NAE_ERA_R-1765_ENSV_Kirjanike_Liit_1945-1955, lk 14
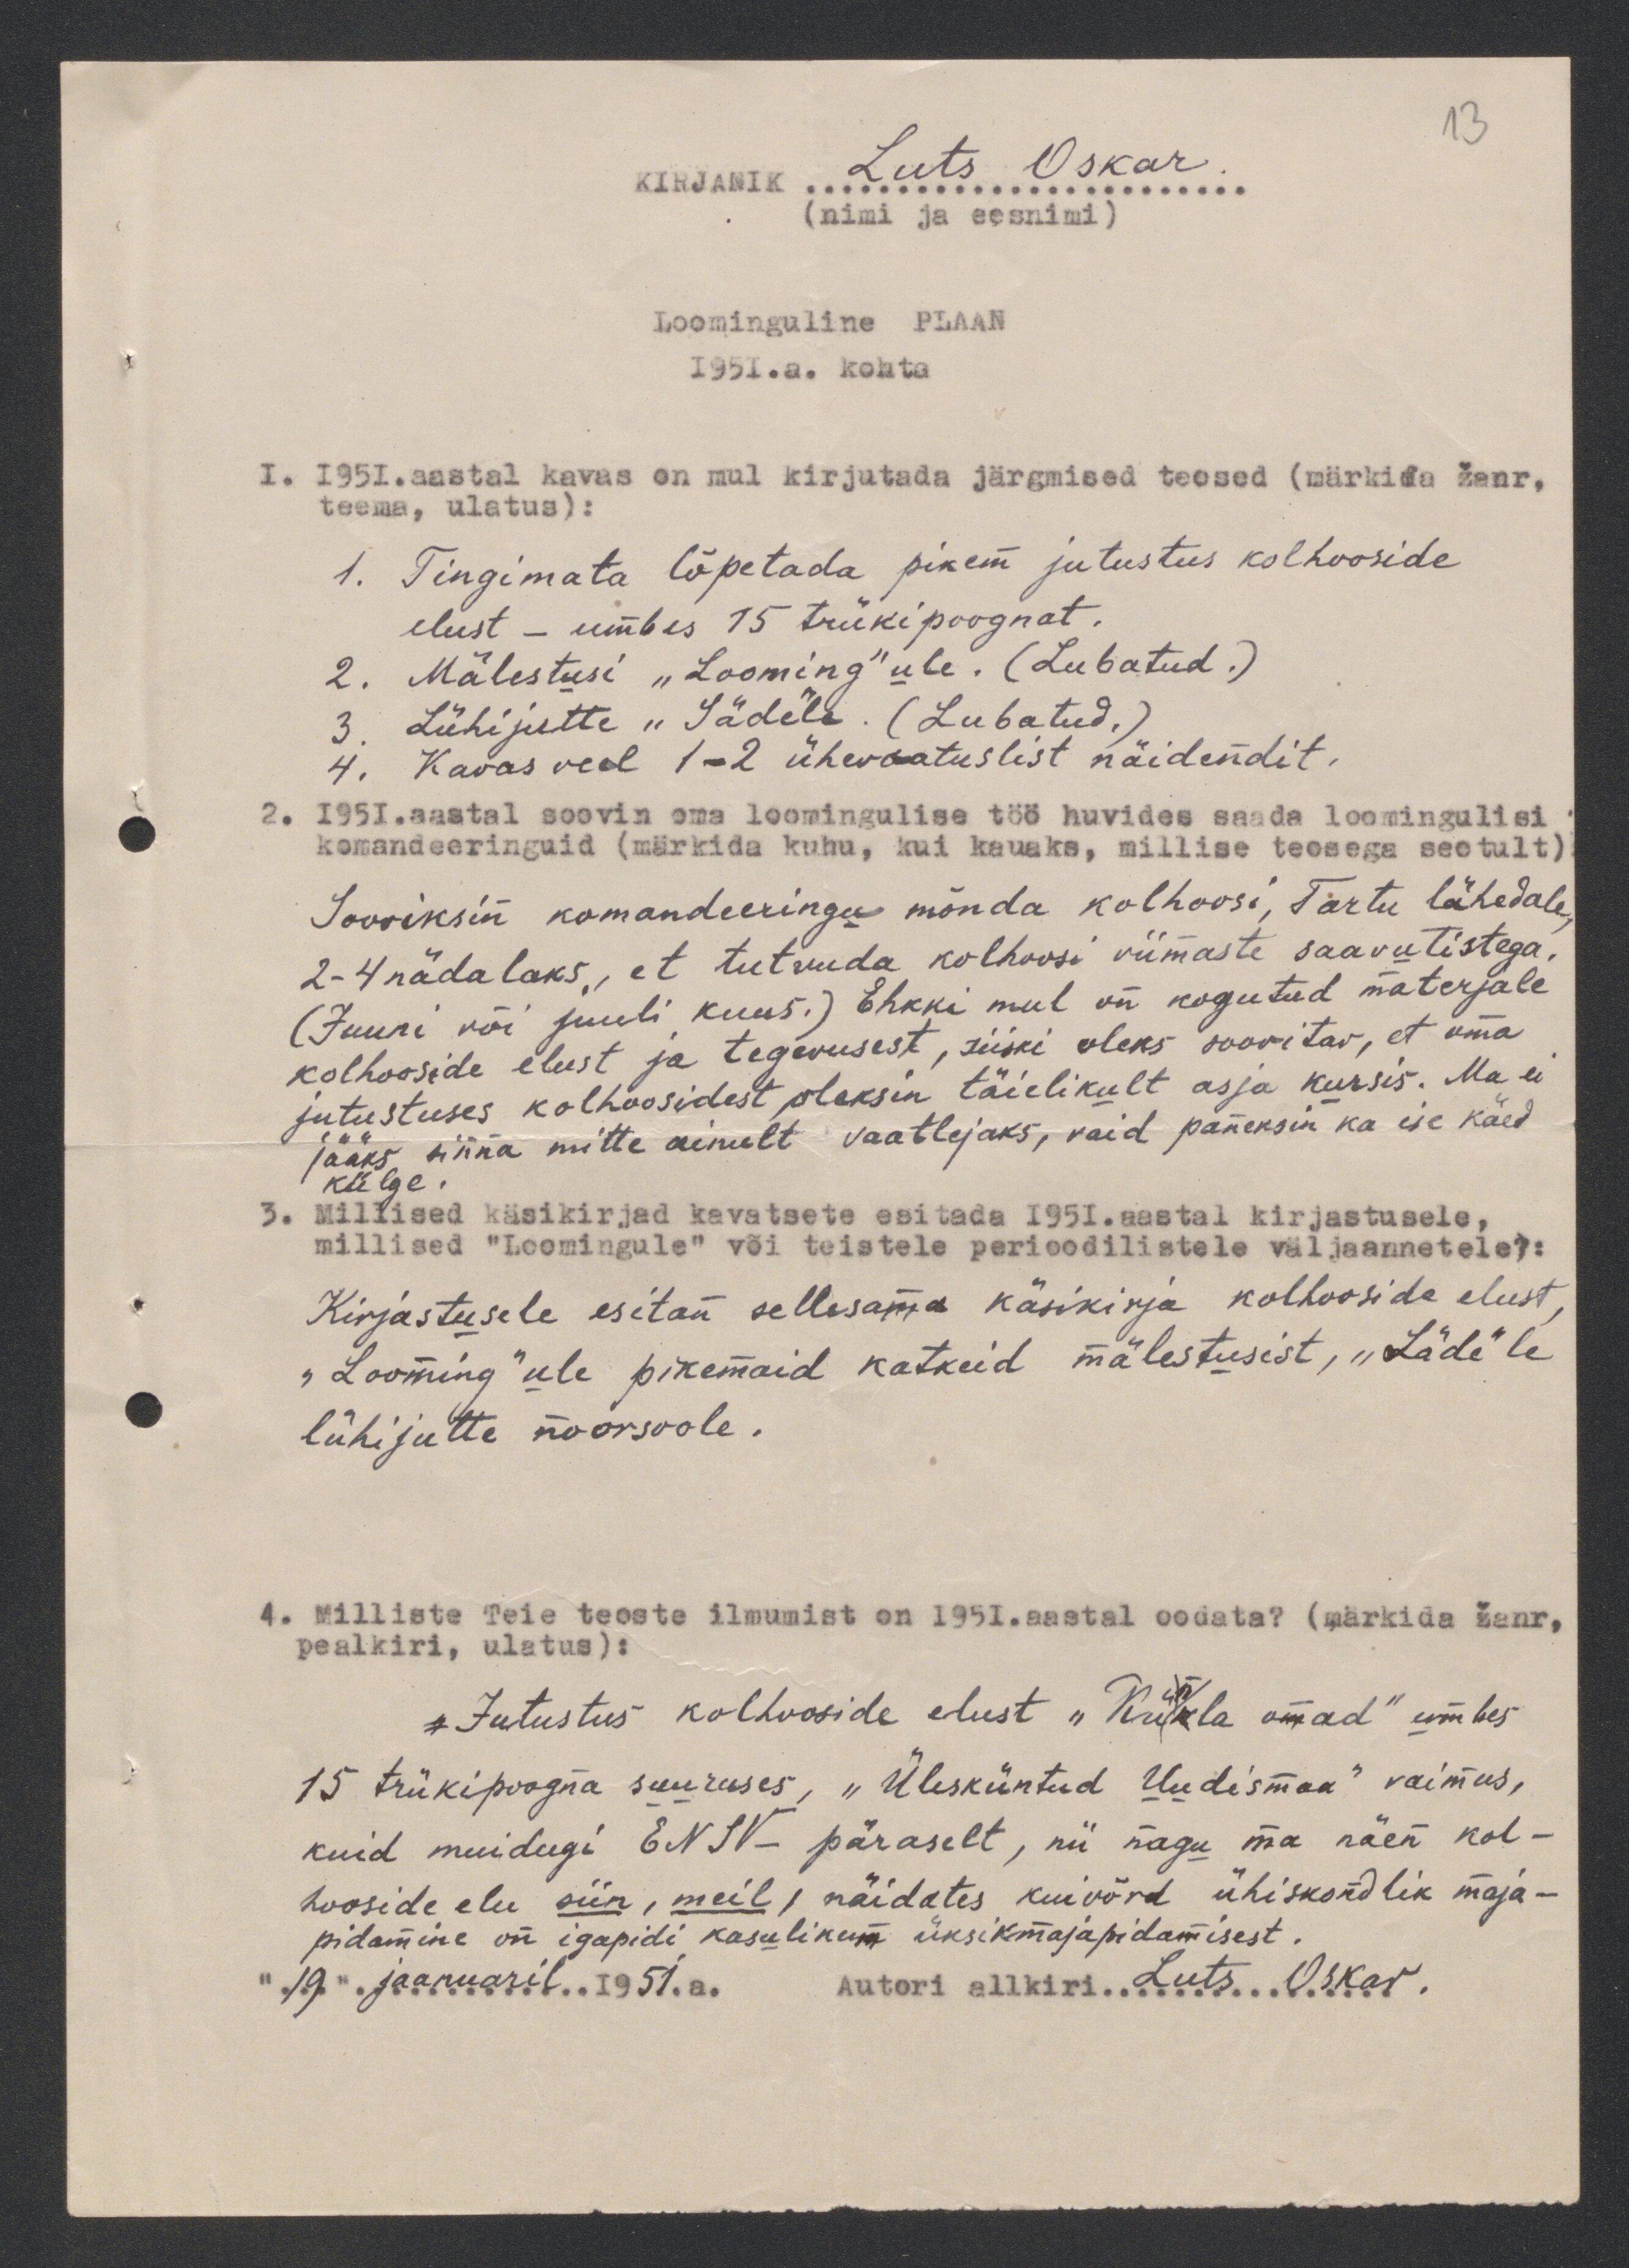
13
KIRJANIK Luts Oskar
(nimi ja eesnimi)
Loominguline PLAAN
1951.a. kohta
I. 1957. aastal kavas on mul kirjutada järgmised teosod (märkida žanr,
teema, ulatus):
1. Tingimata lõpetada pikem jutustus kolhooside
elust - umbes 15 trükipoognat.
2. Mälestusi "Looming"ule. (Lubatud.)
Lühijutte "Sädele. (Lubatud.)
4. Kavas veel 1-2 ühevaatuslist näidendit.
1951.aastal soovin oma loomingulise töö huvides saada loomingulisi
komandeeringuid (märkida kuhu, kui kauaks, millise teosega seotult)
Sooviksin komandeeringu mõnda kolhoosi, Tartu lähedale
2-4 nädalaks, et tutvuda kolhoosi viimaste saavutistega.
(Juuni või juuli kuus.) Ehkki mul on kogutud materjale
kolhooside elust ja tegevusest, siiski oleks soovitav, et oma
jutustuses kolhoosidest oleksin täielikult asja kursis. Ma ei
jääks sinna mitte ainult vaatlejaks, vaid paneksin ka ise käed
külge.
Millised käsikirjad kavatsete esitada 1951.aastal kirjastusele,
millised "Loomingule" või teiatele perioodilistele väljaannetelel:
Kirjastusele esitan sellesama käsikirja kolhooside elust
"Looming"ule pikemaid katkeid mälestusist, "Sädel"e
lühijutte noorsoole.
4. Milliste Teie teoste ilmumist on 1951.aastal oodata? (märkida žanr,
pealkiri, ulatus):
- Jutustus kolhooside elust "Kükla omad" umbes
15 trükipoogna suuruses, "Ülesküntud Uudismaa" vaimus,
kuid muidugi ENSV-päraselt, nii nagu ma näen kol-
hooside elu siin, meil, näidates kuivõid ühiskordlik maja-
pidamine on igapidi kasulikum üksikmajapidamisest.
19" jaanuaril 1951.a.
Autori allkiri Luts Oskar.